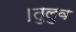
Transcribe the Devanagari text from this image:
।तुलुव